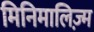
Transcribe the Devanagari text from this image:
मिनिमालिज़्म